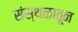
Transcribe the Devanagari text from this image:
संस्थळातून